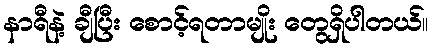
နာရီနဲ့ ချီပြီး စောင့်ရတာမျိုး တွေရှိပါတယ်။